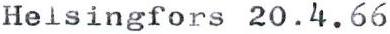
Helsingfors 20.4.66